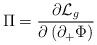
LaTeX: \begin{align*}\Pi={\partial{\cal L}_g\over{\partial\left(\partial_+\Phi\right)}}\end{align*}